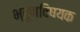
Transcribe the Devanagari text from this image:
भ्रूणविषयक